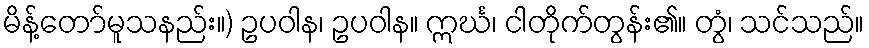
မိန့်တော်မူသနည်း။) ဥပဝါန၊ ဥပဝါန။ ဣင်္ဃ၊ ငါတိုက်တွန်း၏။ တွံ၊ သင်သည်။